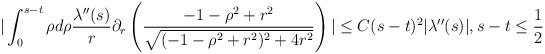
LaTeX: \begin{align*} &|\int_{0}^{s-t} \rho d\rho \frac{\lambda''(s)}{r} \partial_{r}\left(\frac{-1-\rho^{2}+r^{2}}{\sqrt{(-1-\rho^{2}+r^{2})^{2}+4r^{2}}}\right)| \leq C(s-t)^{2} |\lambda''(s)|, s-t \leq \frac{1}{2} \end{align*}